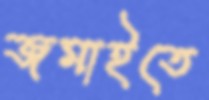
জমাইতে